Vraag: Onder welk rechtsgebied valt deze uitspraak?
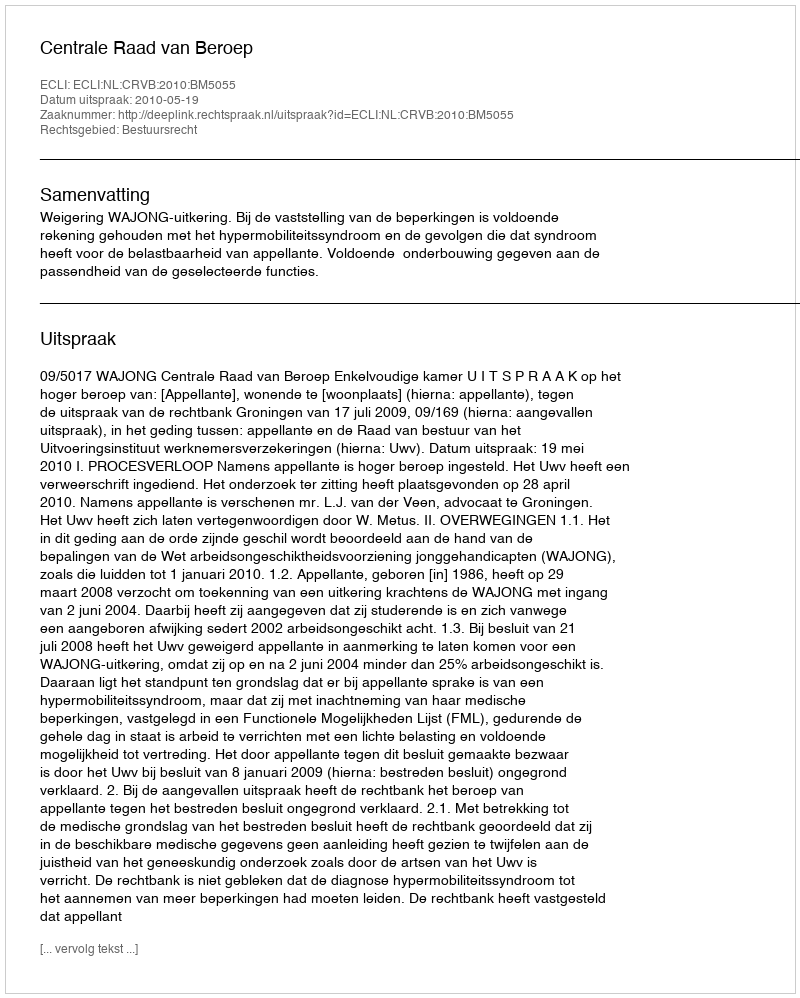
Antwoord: Bestuursrecht